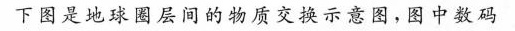
下图是地球圈层间的物质交换示意图，图中数码